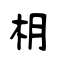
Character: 枂